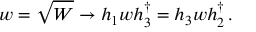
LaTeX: w = \sqrt { W } \to h _ { 1 } w h _ { 3 } ^ { \dagger } = h _ { 3 } w h _ { 2 } ^ { \dagger } \, .